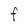
Character: F